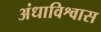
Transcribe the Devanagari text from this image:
अंधाविश्वास